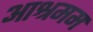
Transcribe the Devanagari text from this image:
आश्रमम